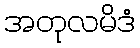
အတုလမိဒံ